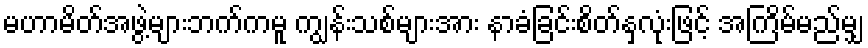
မဟာမိတ်အဖွဲ့များဘက်ကမူ ကျွန်းသစ်များအား နာခံခြင်းစိတ်နှလုံးဖြင့် အကြိမ်မည်မျှ